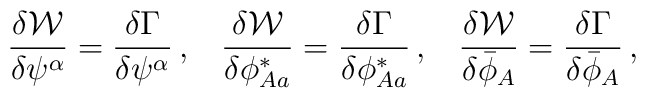
\frac{\delta{\cal W}}{\delta\psi^\alpha}=\frac{\delta\Gamma} {\delta\psi^\alpha}\,,\;\;\; \frac{\delta{\cal W}}{\delta\phi^*_{Aa}}=\frac{\delta\Gamma} {\delta\phi^*_{Aa}}\,,\;\;\; \frac{\delta{\cal W}}{\delta\bar{\phi}_A}=\frac{\delta\Gamma} {\delta\bar{\phi}_A}\,,